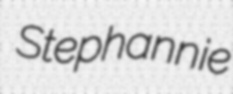
Stephannie